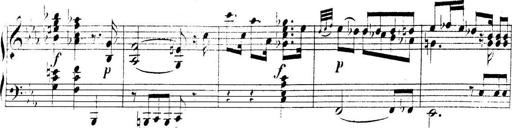
Title: Collected Piano Sonatas
Composer: Muzio Clementi